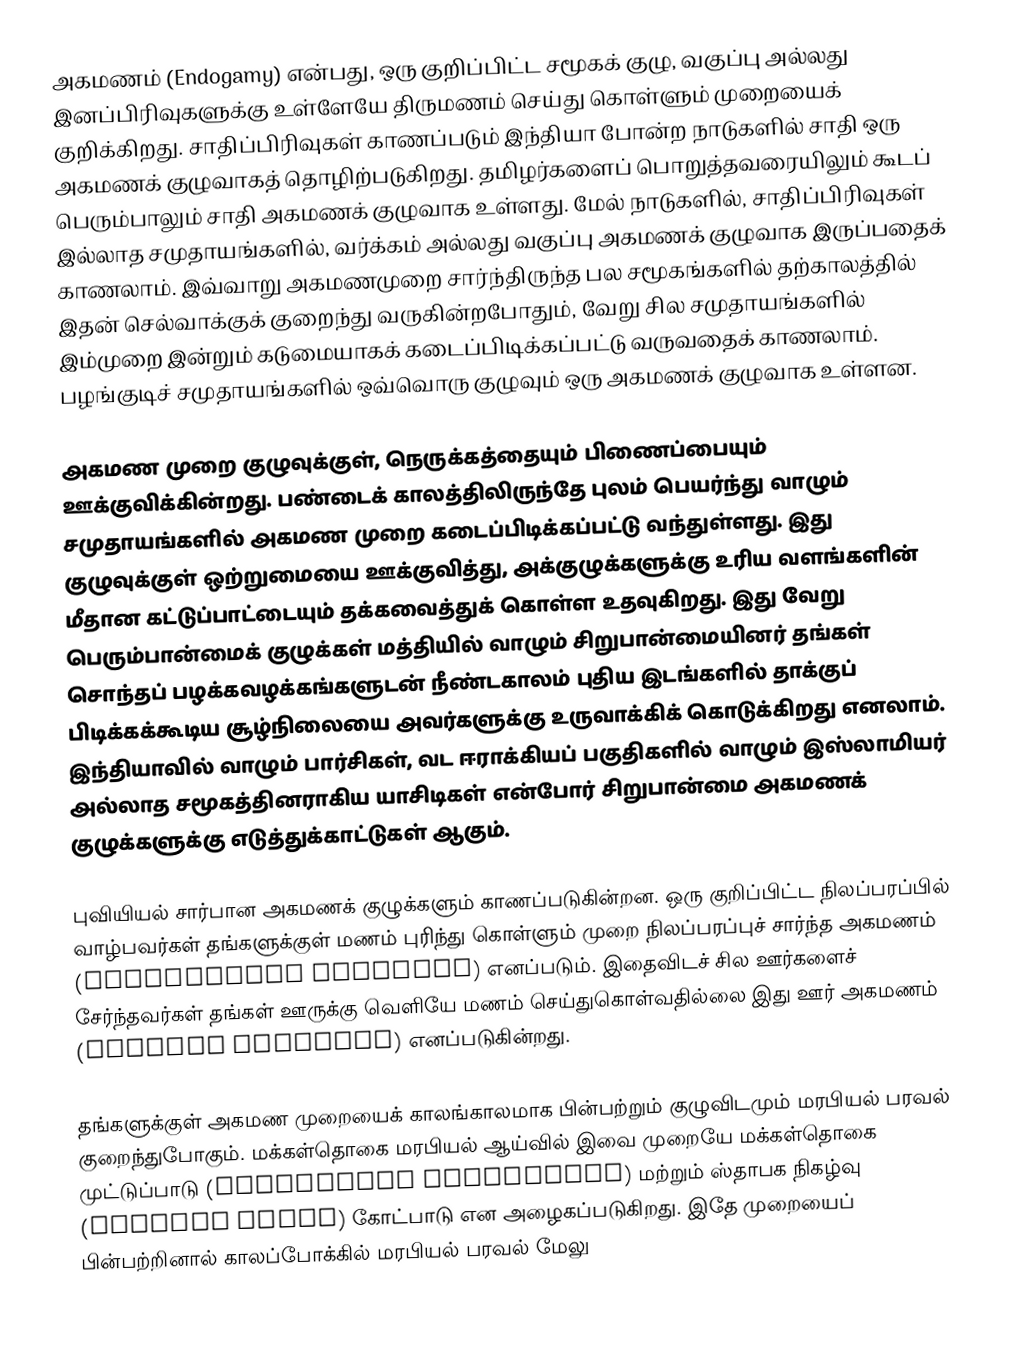
அகமணம் (Endogamy) என்பது, ஒரு குறிப்பிட்ட சமூகக் குழு, வகுப்பு அல்லது இனப்பிரிவுகளுக்கு உள்ளேயே திருமணம் செய்து கொள்ளும் முறையைக் குறிக்கிறது. சாதிப்பிரிவுகள் காணப்படும் இந்தியா போன்ற நாடுகளில் சாதி ஒரு அகமணக் குழுவாகத் தொழிற்படுகிறது. தமிழர்களைப் பொறுத்தவரையிலும் கூடப் பெரும்பாலும் சாதி அகமணக் குழுவாக உள்ளது. மேல் நாடுகளில், சாதிப்பிரிவுகள் இல்லாத சமுதாயங்களில், வர்க்கம் அல்லது வகுப்பு அகமணக் குழுவாக இருப்பதைக் காணலாம். இவ்வாறு அகமணமுறை சார்ந்திருந்த பல சமூகங்களில் தற்காலத்தில் இதன் செல்வாக்குக் குறைந்து வருகின்றபோதும்,  வேறு சில சமுதாயங்களில் இம்முறை இன்றும் கடுமையாகக் கடைப்பிடிக்கப்பட்டு வருவதைக் காணலாம். பழங்குடிச் சமுதாயங்களில் ஒவ்வொரு குழுவும் ஒரு அகமணக் குழுவாக உள்ளன.

அகமண முறை குழுவுக்குள், நெருக்கத்தையும் பிணைப்பையும் ஊக்குவிக்கின்றது. பண்டைக் காலத்திலிருந்தே புலம் பெயர்ந்து வாழும் சமுதாயங்களில் அகமண முறை கடைப்பிடிக்கப்பட்டு வந்துள்ளது. இது குழுவுக்குள் ஒற்றுமையை ஊக்குவித்து, அக்குழுக்களுக்கு உரிய வளங்களின் மீதான கட்டுப்பாட்டையும் தக்கவைத்துக் கொள்ள உதவுகிறது. இது வேறு பெரும்பான்மைக் குழுக்கள் மத்தியில் வாழும் சிறுபான்மையினர் தங்கள் சொந்தப் பழக்கவழக்கங்களுடன் நீண்டகாலம் புதிய இடங்களில் தாக்குப் பிடிக்கக்கூடிய சூழ்நிலையை அவர்களுக்கு உருவாக்கிக் கொடுக்கிறது எனலாம். இந்தியாவில் வாழும் பார்சிகள், வட ஈராக்கியப் பகுதிகளில் வாழும் இஸ்லாமியர் அல்லாத சமூகத்தினராகிய யாசிடிகள் என்போர் சிறுபான்மை அகமணக் குழுக்களுக்கு எடுத்துக்காட்டுகள் ஆகும்.

புவியியல் சார்பான அகமணக் குழுக்களும் காணப்படுகின்றன. ஒரு குறிப்பிட்ட நிலப்பரப்பில் வாழ்பவர்கள் தங்களுக்குள் மணம் புரிந்து கொள்ளும் முறை நிலப்பரப்புச் சார்ந்த அகமணம் (Territorial Endogamy) எனப்படும். இதைவிடச் சில ஊர்களைச் சேர்ந்தவர்கள் தங்கள் ஊருக்கு வெளியே மணம் செய்துகொள்வதில்லை இது ஊர் அகமணம் (Village Endogamy) எனப்படுகின்றது.

தங்களுக்குள் அகமண முறையைக் காலங்காலமாக பின்பற்றும் குழுவிடமும் மரபியல் பரவல் குறைந்துபோகும். மக்கள்தொகை மரபியல் ஆய்வில் இவை முறையே மக்கள்தொகை முட்டுப்பாடு (population bottleneck) மற்றும் ஸ்தாபக நிகழ்வு (founder event) கோட்பாடு என அழைகப்படுகிறது. இதே முறையைப் பின்பற்றினால் காலப்போக்கில் மரபியல் பரவல் மேலு